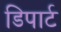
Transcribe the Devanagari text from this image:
डिपार्ट